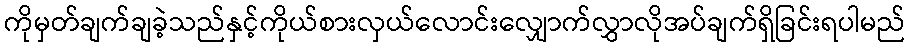
ကိုမှတ်ချက်ချခဲ့သည်နှင့်ကိုယ်စားလှယ်လောင်းလျှောက်လွှာလိုအပ်ချက်ရှိခြင်းရပါမည်